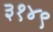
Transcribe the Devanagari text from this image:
३१४९